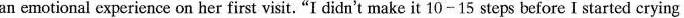
an emotional experience on her first visit. "I didn't make it 10-15 steps before I started crying